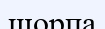
шорпа